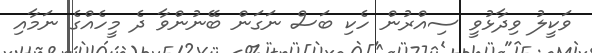
ވަކީލު ވިދާޅުވީ ސިއްރުން ހެކި ބަސް ނަގަން ބޭނުންވާ ދެ މީހެއްގެ ނަމާއި